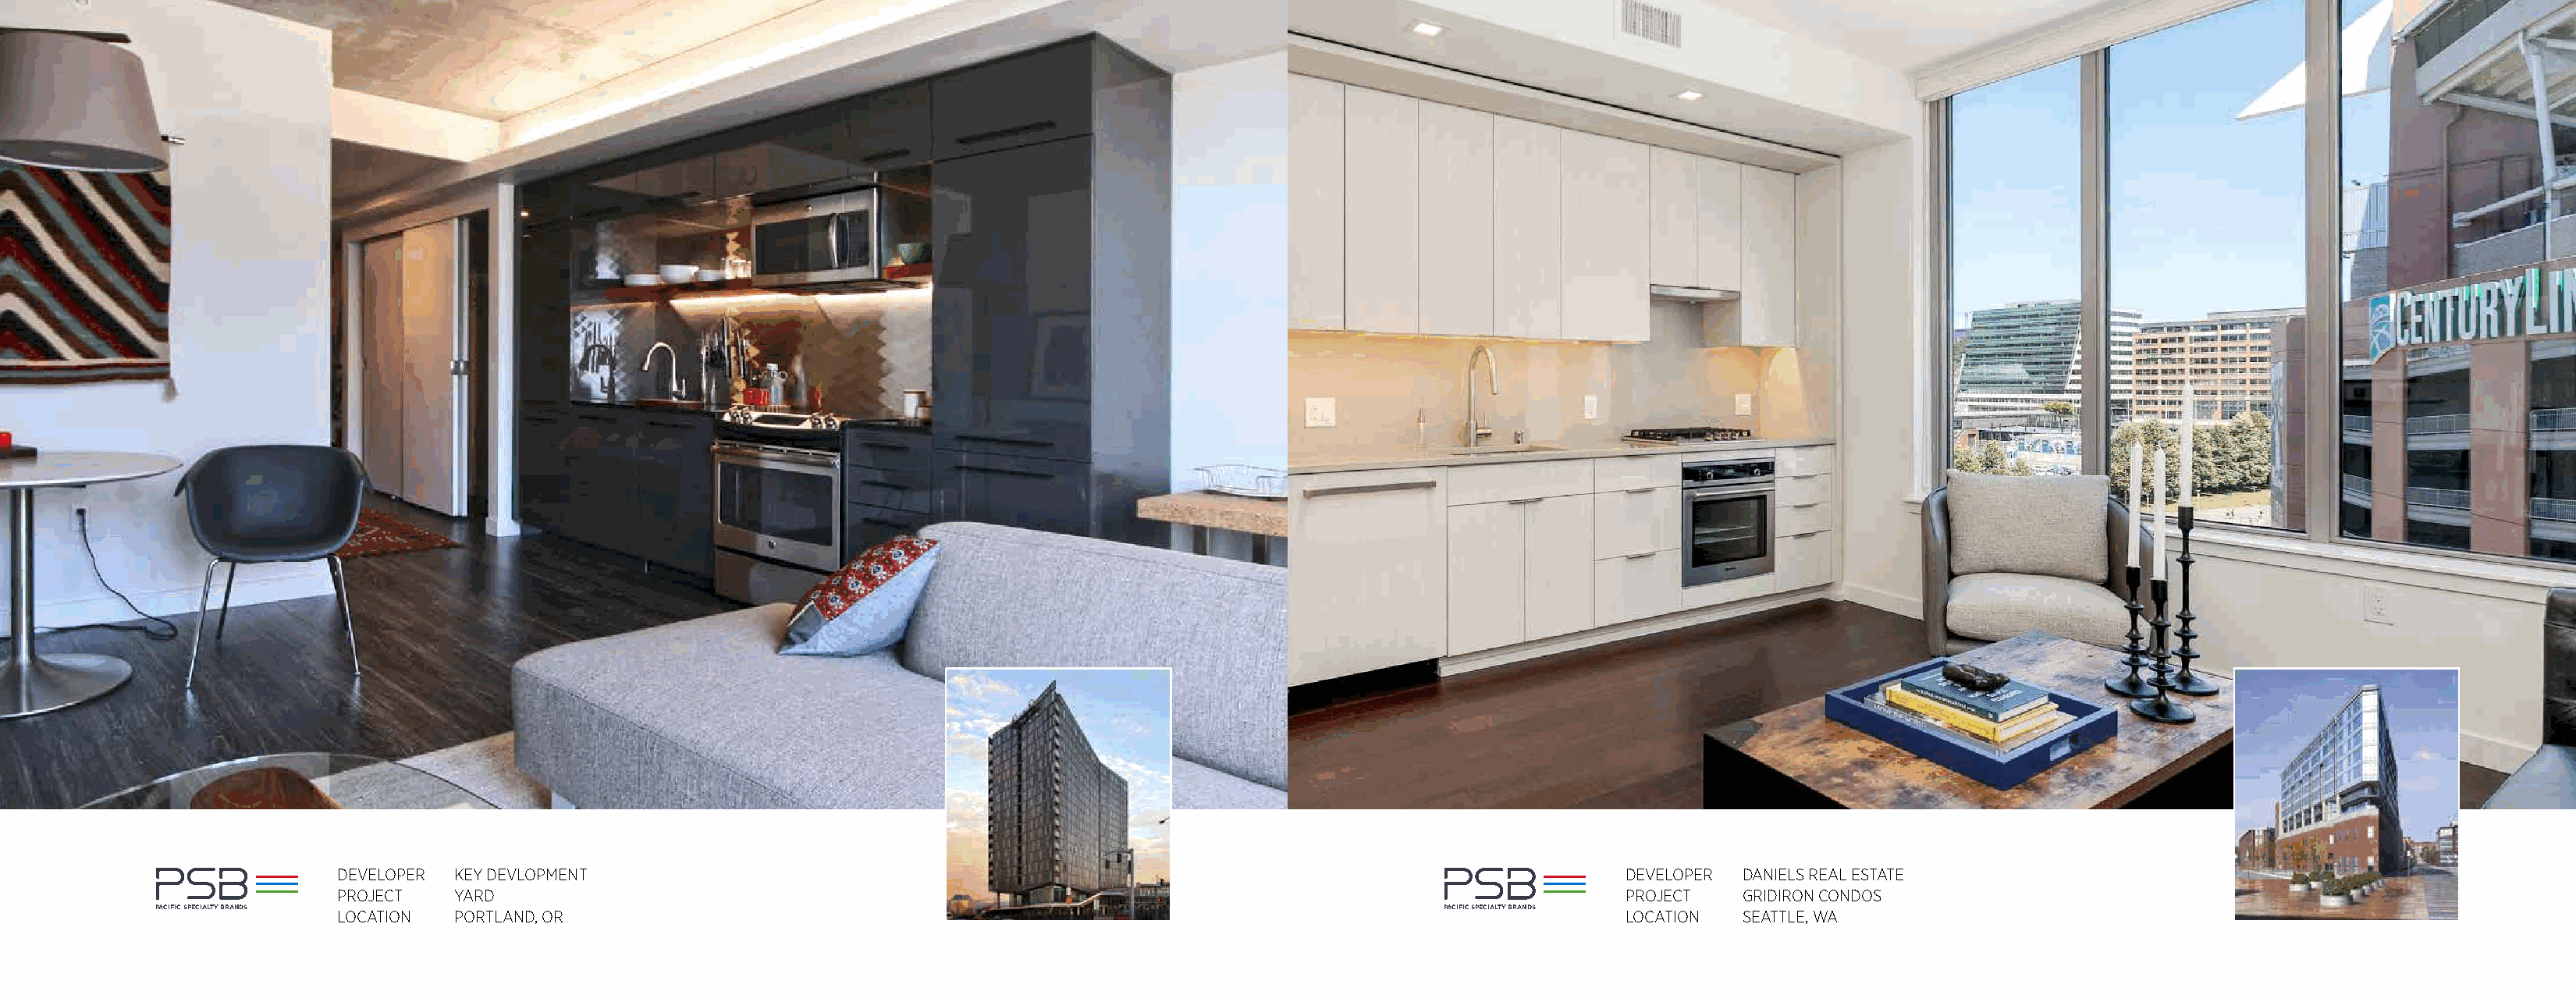
HEAT                                                                                                         HEAT
 DEVELOPER KEY DEVLOPMENT                                                                                     DEVELOPER DANIELS REAL ESTATE
 PROJECT   YARD                                                                                               PROJECT   GRIDIRON CONDOS
 PACIFIC SPECIALTY BRANDS LOCATION PORTLAND, OR                                                               PACIFIC SPECIALTY BRANDS LOCATION SEATTLE, WA
 COOL                                                                                                         COOL
 PACIFIC SPECIALTY BRANDS                                                                                     PACIFIC SPECIALTY BRANDS
 CLEAN                                                                                                        CLEAN
 HEAT         COOL        CLEAN                                                                               HEAT         COOL         CLEAN